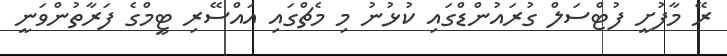
ރޭ މާފުށީ ފުޓްސަލް ގުރައުންޑްގައި ކުޅުނު މި މެޗްގައި އައްސޭރި ޓީމްގެ ފަރާތުންވަނީ